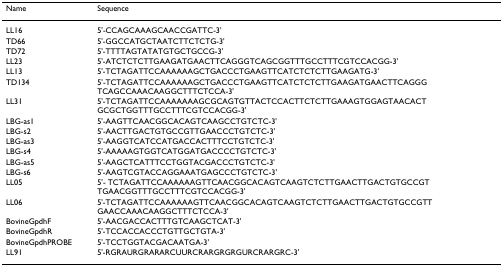
| Name | Sequence |
 | --- | --- |
 | LL16 | 5'-CCAGCAAAGCAACCGATTC-3' |
 | TD66 | 5'-GGCCATGCTAATCTTCTCTG-3' |
 | TD72 | 5'-TTTTAGTATATGTGCTGCCG-3' |
 | LL23 | 5'-ATCTCTCTTGAAGATGAACTTCAGGGTCAGCGGTTTGCCTTTCGTCCACGG-3' |
 | LL13 | 5'-TCTAGATTCCAAAAAAGCTGACCCTGAAGTTCATCTCTCTTGAAGATG-3' |
 | TD134 | 5'-TCTAGATTCCAAAAAAGCTGACCCTGAAGTTCATCTCTCTTGAAGATGAACTTCAGGGTCAGCCAAACAAGGCTTTCTCCA-3' |
 | LL31 | 5'-TCTAGATTCCAAAAAAAGCGCAGTGTTACTCCACTTCTCTTGAAAGTGGAGTAACACTGCGCTGGTTTGCCTTTCGTCCACGG-3' |
 | LBG-as1 | 5'-AAGTTCAACGGCACAGTCAAGCCTGTCTC-3' |
 | LBG-s2 | 5'-AACTTGACTGTGCCGTTGAACCCTGTCTC-3' |
 | LBG-as3 | 5'-AAGGTCATCCATGACCACTTTCCTGTCTC-3' |
 | LBG-s4 | 5'-AAAAAGTGGTCATGGATGACCCCTGTCTC-3' |
 | LBG-as5 | 5'-AAGCTCATTTCCTGGTACGACCCTGTCTC-3' |
 | LBG-s6 | 5'-AAGTCGTACCAGGAAATGAGCCCTGTCTC-3' |
 | LL05 | 5'- TCTAGATTCCAAAAAAGTTCAACGGCACAGTCAAGTCTCTTGAACTTGACTGTGCCGTTGAACGGTTTGCCTTTCGTCCACGG-3' |
 | LL06 | 5'-TCTAGATTCCAAAAAAGTTCAACGGCACAGTCAAGTCTCTTGAACTTGACTGTGCCGTTGAACCAAACAAGGCTTTCTCCA-3' |
 | BovineGpdhF | 5'-AACGACCACTTTGTCAAGCTCAT-3' |
 | BovineGpdhR | 5'-TCCACCACCCTGTTGCTGTA-3' |
 | BovineGpdhPROBE | 5'-TCCTGGTACGACAATGA-3' |
 | LL91 | 5'-RGRAURGRARARCUURCRARGRGRGURCRARGRC-3' |